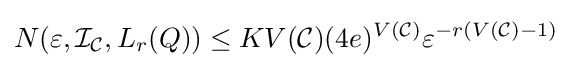
N(\varepsilon ,{\mathcal {I}}_{\mathcal {C}},L_{r}(Q))\leq KV({\mathcal {C}})(4e)^{V({\mathcal {C}})}\varepsilon ^{-r(V({\mathcal {C}})-1)}